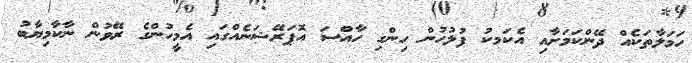
ހަމަލާތަކެއް ދޭންކަމަށާއި އެކަމކު ފުލުހުން ހިންގި ހާއްސަ އޮޕަރޭޝަނެއްގައި އެމީހުންގެ ރޭވުން ނާކާމިޔާބު